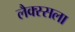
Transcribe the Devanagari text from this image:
लैक्स्सला